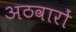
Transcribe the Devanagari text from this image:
अठवारों